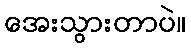
အေးသွားတာပဲ။